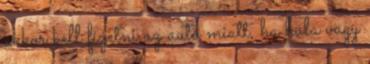
akkor kell fizetni az autó miatt, ha hala vagy